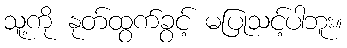
သူ့ကို နုတ်ထွက်ခွင့် မပြုသင့်ပါဘူး။